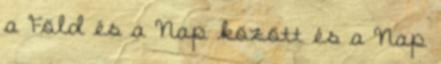
a Föld és a Nap között és a Nap